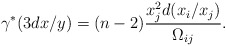
\begin{align*}\gamma^*(3dx/y)= (n-2)\frac{x_j^2 d(x_i/x_j)}{\Omega_{ij}}.\end{align*}